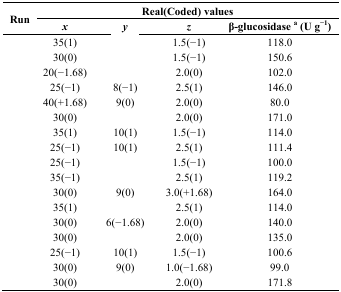
<table><thead><tr><td rowspan="3"><b>Run</b></td><td colspan="4"><b>Real(Coded) values</b></td></tr><tr><td><b><i>x</i></b></td><td><b><i>y</i></b></td><td><b><i>z</i></b></td><td><b>β-glucosidase a (U g<sup>−1</sup>)</b></td></tr></thead><tbody><tr><td>[EMPTY_CELL]</td><td>35(1)</td><td>[EMPTY_CELL]</td><td>1.5(−1)</td><td>118.0</td></tr><tr><td>[EMPTY_CELL]</td><td>30(0)</td><td>[EMPTY_CELL]</td><td>1.5(−1)</td><td>150.6</td></tr><tr><td>[EMPTY_CELL]</td><td>20(−1.68)</td><td>[EMPTY_CELL]</td><td>2.0(0)</td><td>102.0</td></tr><tr><td>[EMPTY_CELL]</td><td>25(−1)</td><td>8(−1)</td><td>2.5(1)</td><td>146.0</td></tr><tr><td>[EMPTY_CELL]</td><td>40(+1.68)</td><td>9(0)</td><td>2.0(0)</td><td>80.0</td></tr><tr><td>[EMPTY_CELL]</td><td>30(0)</td><td>[EMPTY_CELL]</td><td>2.0(0)</td><td>171.0</td></tr><tr><td>[EMPTY_CELL]</td><td>35(1)</td><td>10(1)</td><td>1.5(−1)</td><td>114.0</td></tr><tr><td>[EMPTY_CELL]</td><td>25(−1)</td><td>10(1)</td><td>2.5(1)</td><td>111.4</td></tr><tr><td>[EMPTY_CELL]</td><td>25(−1)</td><td>[EMPTY_CELL]</td><td>1.5(−1)</td><td>100.0</td></tr><tr><td>[EMPTY_CELL]</td><td>35(−1)</td><td>[EMPTY_CELL]</td><td>2.5(1)</td><td>119.2</td></tr><tr><td>[EMPTY_CELL]</td><td>30(0)</td><td>9(0)</td><td>3.0(+1.68)</td><td>164.0</td></tr><tr><td>[EMPTY_CELL]</td><td>35(1)</td><td>[EMPTY_CELL]</td><td>2.5(1)</td><td>114.0</td></tr><tr><td>[EMPTY_CELL]</td><td>30(0)</td><td>6(−1.68)</td><td>2.0(0)</td><td>140.0</td></tr><tr><td>[EMPTY_CELL]</td><td>30(0)</td><td>[EMPTY_CELL]</td><td>2.0(0)</td><td>135.0</td></tr><tr><td>[EMPTY_CELL]</td><td>25(−1)</td><td>10(1)</td><td>1.5(−1)</td><td>100.6</td></tr><tr><td>[EMPTY_CELL]</td><td>30(0)</td><td>9(0)</td><td>1.0(−1.68)</td><td>99.0</td></tr><tr><td>[EMPTY_CELL]</td><td>30(0)</td><td>[EMPTY_CELL]</td><td>2.0(0)</td><td>171.8</td></tr></tbody></table>